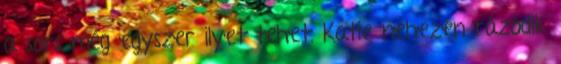
a sors még egyszer ilyet tehet. Katie nehezen rázódik